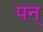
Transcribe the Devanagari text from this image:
पन्